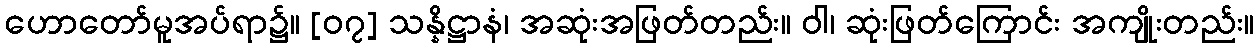
ဟောတော်မူအပ်ရာ၌။ [၀၇] သန္နိဋ္ဌာနံ၊ အဆုံးအဖြတ်တည်း။ ဝါ၊ ဆုံးဖြတ်ကြောင်း အကျိုးတည်း။